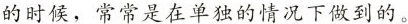
的时候，常常是在单独的情况下做到的。